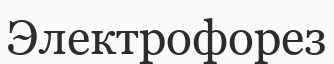
Электрофорез